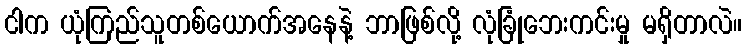
ငါက ယုံကြည်သူတစ်ယောက်အနေနဲ့ ဘာဖြစ်လို့ လုံခြုံဘေးကင်းမှု မရှိတာလဲ။